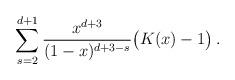
LaTeX: \begin{align*}\sum_{s=2}^{d+1}\frac{x^{d+3}}{(1-x)^{d+3-s}}\big(K(x)-1\big)\, .\end{align*}